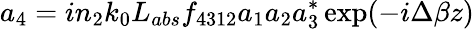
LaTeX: a_{4}=in_{2}k_{0}L_{abs}f_{4312}a_{1}a_{2}a_{3}^{*}\exp(-i\Delta\beta z)